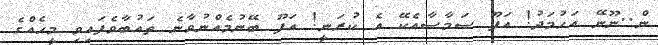
ން..ނޫނޭ އަހުމަދު! އަފޫ ސަމާސާއެކޭ އެ ކުރަނީ! އަފޫ ބޭނުމެއްނުވާނެ ތައުބާވެފައިވި މީހެއްގެ